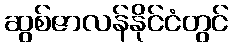
ဆွစ်ဇာလန်နိုင်ငံတွင်